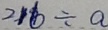
2 1 6 \div a